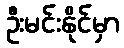
ဦးမင်းနိုင်မှာ